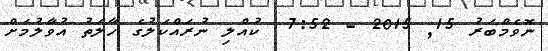
ނޮވެމްބަރު 15